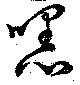
嘿